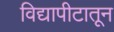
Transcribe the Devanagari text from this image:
विद्यापीटातून